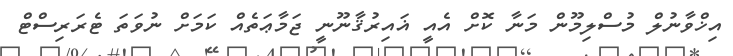
އިޚްވާނުލް މުސްލިމޫން މަނާ ކޮށް އެއީ ޣައިރުޤާނޫނީ ޖަމާޢަތެއް ކަމަށް ނުވަތަ ޓެރަރިސްޓް